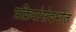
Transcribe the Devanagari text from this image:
प्रक्रियांसंदर्भात